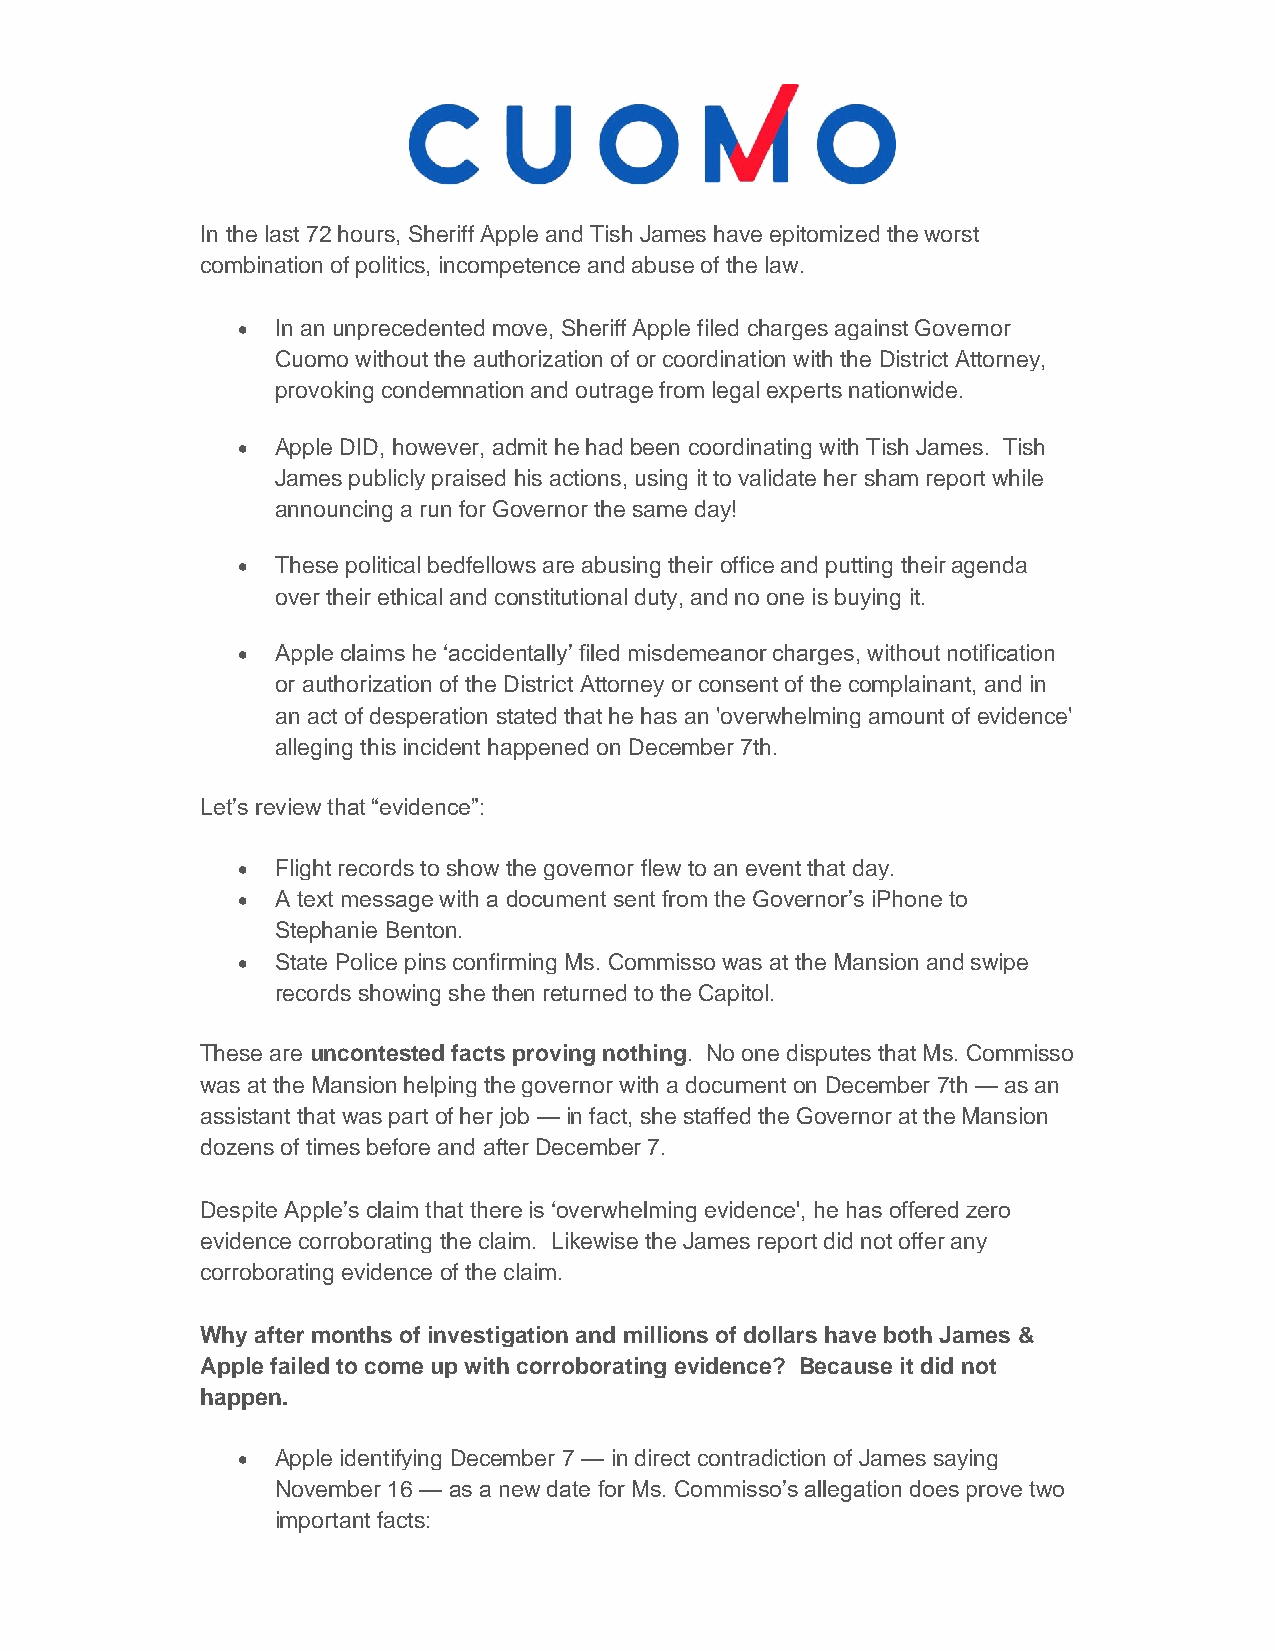
In the last 72 hours, Sheriff Apple and Tish James have epitomized the worst
 combination of politics, incompetence and abuse of the law.
 • In an unprecedented move, Sheriff Apple filed charges against Governor
 Cuomo without the authorization of or coordination with the District Attorney,
 provoking condemnation and outrage from legal experts nationwide.
 • Apple DID, however, admit he had been coordinating with Tish James. Tish
 James publicly praised his actions, using it to validate her sham report while
 announcing a run for Governor the same day!
 • These political bedfellows are abusing their office and putting their agenda
 over their ethical and constitutional duty, and no one is buying it.
 • Apple claims he ‘accidentally’ filed misdemeanor charges, without notification
 or authorization of the District Attorney or consent of the complainant, and in
 an act of desperation stated that he has an 'overwhelming amount of evidence'
 alleging this incident happened on December 7th.
 Let’s review that “evidence”:
 • Flight records to show the governor flew to an event that day.
 • A text message with a document sent from the Governor’s iPhone to
 Stephanie Benton.
 • State Police pins confirming Ms. Commisso was at the Mansion and swipe
 records showing she then returned to the Capitol.
 These are uncontested facts proving nothing. No one disputes that Ms. Commisso
 was at the Mansion helping the governor with a document on December 7th — as an
 assistant that was part of her job — in fact, she staffed the Governor at the Mansion
 dozens of times before and after December 7.
 Despite Apple’s claim that there is ‘overwhelming evidence', he has offered zero
 evidence corroborating the claim. Likewise the James report did not offer any
 corroborating evidence of the claim.
 Why after months of investigation and millions of dollars have both James &
 Apple failed to come up with corroborating evidence? Because it did not
 happen.
 • Apple identifying December 7 — in direct contradiction of James saying
 November 16 — as a new date for Ms. Commisso’s allegation does prove two
 important facts: